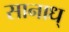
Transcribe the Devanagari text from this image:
सानाध्